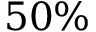
5 0 \%